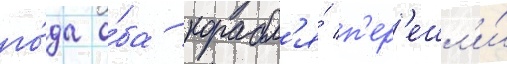
го́да о́ба корабл'я́ п'ер'ешл'и́